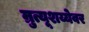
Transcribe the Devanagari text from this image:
म्रुत्यूशय्येवर